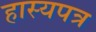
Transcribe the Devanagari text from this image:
हास्यपत्र